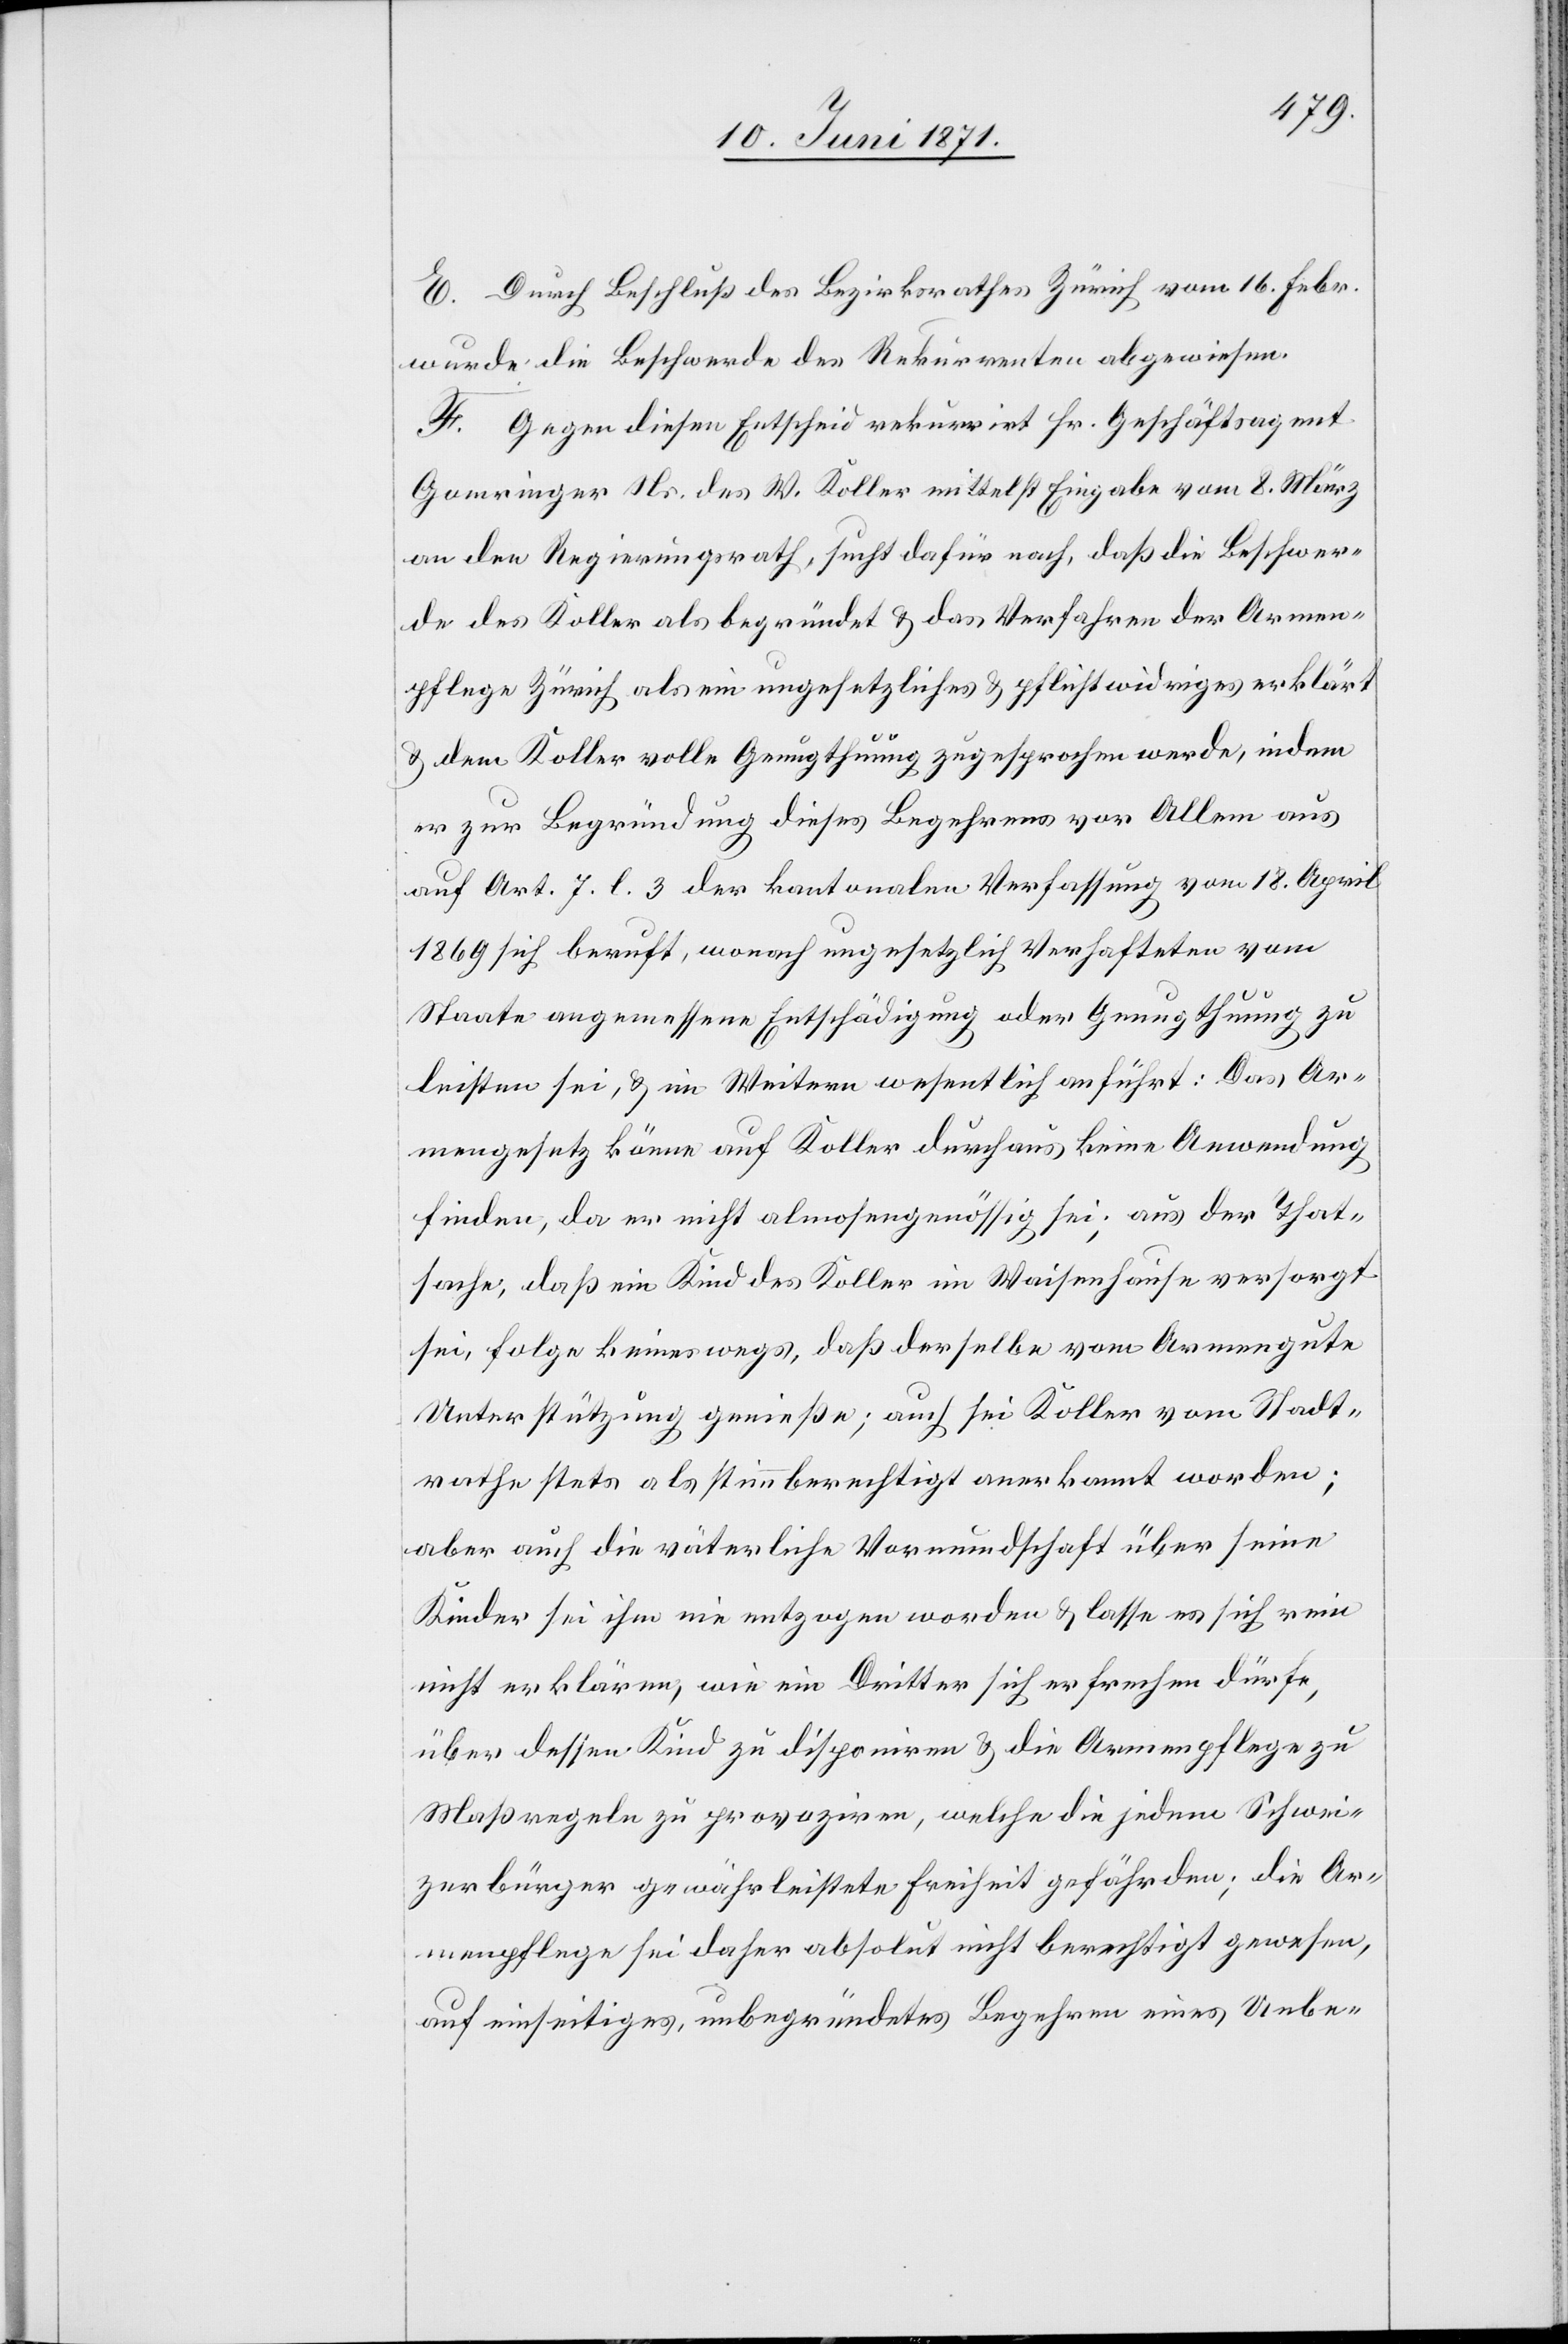
E. Durch Beschluß des Bezirksrath Zürich vom 16. Febr.
wurde die Beschwerde des Rekurrenten abgewiesen.
F. Gegen diesen Entscheid rekurrirt Hr. Geschäftsagent
Gomringer Ns. des W. Koller mittelst Eingabe vom 8. März
an den Regierungsrath, sucht dafür nach, daß die Beschwer¬
de des Koller als begründet u. das Verfahren der Armen¬
pflege Zürich als ein ungesetzliches u. pflichtwidriges erklärt
u. dem Koller volle Genugthuung zugesprochen werde, indem
er zur Begründung dieses Begehrens vor Allem aus
auf Art. 7. l. 3 der kantonalen Verfassung vom 18. April
1869 sich beruft, wonach ungesetzlich Verhafteten vom
Staate angemessene Entschädigung oder Genugthuung zu
leisten sei, u. im Weitern wesentlich anführt: Das Ar¬
mengesetz könne auf Koller durchaus keine Anwendung
finden, da er nicht almosengenössig sei; aus der That¬
sache, daß ein Kind des Koller im Waisenhause versorgt
sei, folge keineswegs, daß derselbe vom Armengute
Unterstützung genieße; auch sei Koller vom Stadt¬
rathe stets als stimmberechtigt anerkannt worden;
aber auch die väterliche Vormundschaft über seine
Kinder sei ihm nie entzogen worden u. lasse es sich rein
nicht erklären, wie ein Dritter sich erfrechen dürfe,
über dessen Kind zu disponiren u. die Armenpflege zu
Maßregeln zu provoziren, welche die jedem Schwei¬
zerbürger gewährleistete Freiheit gefährden; die Ar¬
menpflege sei daher absolut nicht berechtigt gewesen,
auf einseitiges, unbegründetes Begehren eines Unbe-